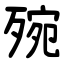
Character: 㱧